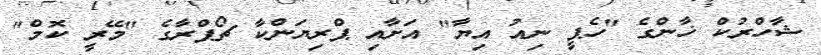
ޝާހްރުކް ޚާންގެ "ހެޕީ ނިއު އިޔާ" އަށާއި ޕްރިޔަންކާ ޗޯޕްރާގެ "މޭރީ ކޮމް"